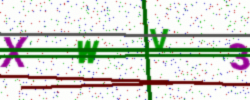
Text: XWV3